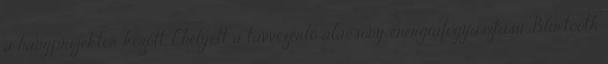
a hangprojektor között. Ehelyett a távvezérlő alacsony energiafogyasztású Bluetooth